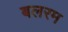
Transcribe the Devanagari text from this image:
बलरम